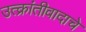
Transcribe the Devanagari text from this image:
उत्क्रांतीवादाचे